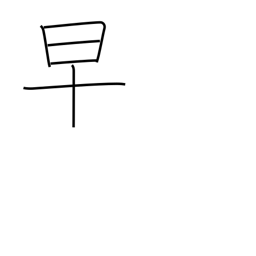
Meaning: early